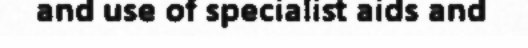
and use of specialist aids and